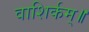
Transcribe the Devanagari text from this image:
वाशिर्कम्॥